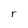
Character: r